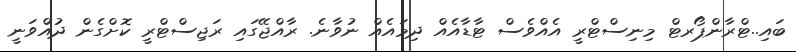
ބައި..ޓްރާންޕޯރޓް މިނިސްޓްރީ އެއްވެސް ޓާޑާއެއް ދިމައެއް ނުވާނެ. ރާއްޖޭގައި ރަޖިސްޓްރީ ކޮށްގެން ދުއްވަނީ